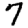
Digit: 7